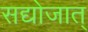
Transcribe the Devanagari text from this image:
सद्योजात्